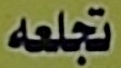
تجعله